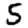
Digit: 5